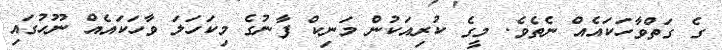
ގެ ގަތްވާހަކައެއް ނެތެވެ. މީގެ ކުރިއަކުން މަނިކް ފާނުގެ މިކަހަލަ ވާހަކައެއް ނޫހުގައި